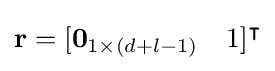
\mathbf {r} =[\mathbf {0} _{1\times (d+l-1)}\quad 1]^{\intercal }